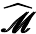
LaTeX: {\widehat{\pmb{\mathscr{M}}}}